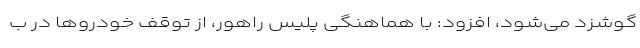
گوشزد می‌شود، افزود: با هماهنگی پلیس راهور، از توقف خودرو‌ها در ب